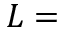
L =